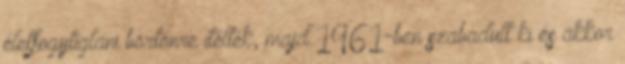
életfogytiglani börtönre ítélték, majd 1961-ben szabadult ki és akkor